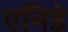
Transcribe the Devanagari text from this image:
एनिडे